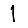
Digit: 1